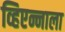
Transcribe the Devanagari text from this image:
व्हिएन्नाला